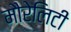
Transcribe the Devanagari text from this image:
मौरेलिटी